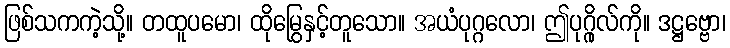
ဖြစ်သကကဲ့သို့။ တထူပမော၊ ထိုမြွေနှင့်တူသော။ အယံပုဂ္ဂလော၊ ဤပုဂ္ဂိုလ်ကို။ ဒဋ္ဌဗ္ဗော၊